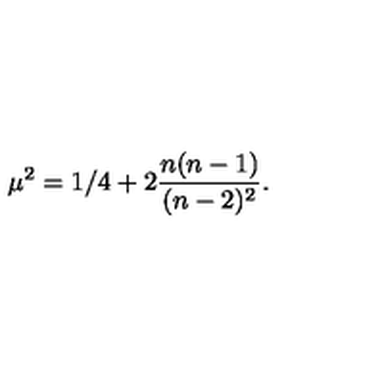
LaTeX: \mu ^ { 2 } = 1 / 4 + 2 { \frac { n ( n - 1 ) } { ( n - 2 ) ^ { 2 } } } .